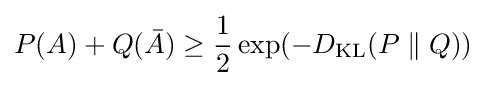
P(A)+Q({\bar {A}})\geq {\frac {1}{2}}\exp(-D_{\mathrm {KL} }(P\parallel Q))